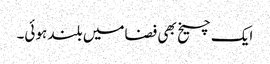
ایک چیخ بھی فضامیں بلند ہوئی۔